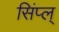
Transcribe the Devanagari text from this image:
सिंप्ल्